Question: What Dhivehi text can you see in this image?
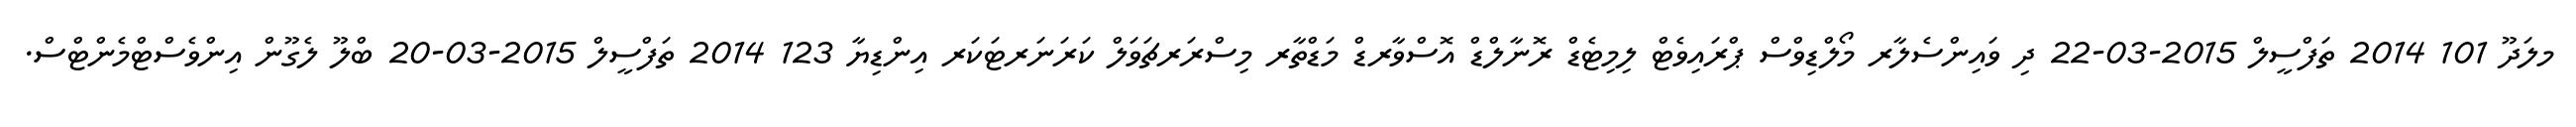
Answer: މލަދޫ 101 2014 ތަފްސީލް 2015-03-22 ދި ވައިންސެލާރ މޯލްޑިވްސް ޕްރައިވެޓް ލިމިޓެޑް ރޮނާލްޑް އޮސްވާރޑް މަޑްތާރ މިސްރަރޗަވަލް ކަރަނަރޓަކަރ އިންޑިޔާ 123 2014 ތަފްސީލް 2015-03-20 ބްލޫ ލެގޫން އިންވެސްޓްމެންޓްސް.